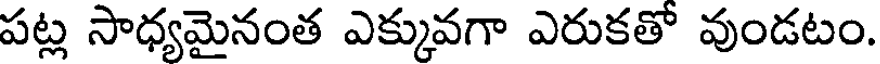
పట్ల సాధ్యమైనంత ఎక్కువగా ఎరుకతో వుండటం.